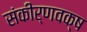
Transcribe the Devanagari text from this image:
संकीर्णवक्ष